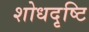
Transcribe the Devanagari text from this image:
शोधदृष्टि